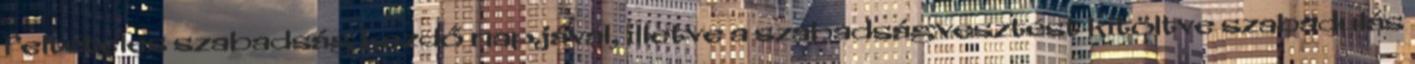
feltételes szabadság kezdő napjával, illetve a szabadságvesztést kitöltve szabadulás